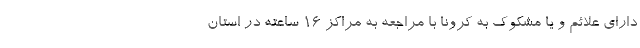
دارای علائم و یا مشکوک به کرونا با مراجعه به مراکز ۱۶ ساعته در استان